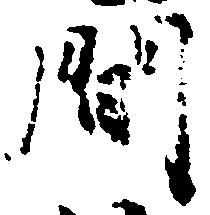
間